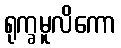
ရုက္ခမူလိကော